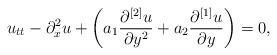
LaTeX: \begin{align*}u_{tt}-\partial _{x}^{2}u+\left( a_{1}\frac{\partial ^{\left[ 2\right] }u}{\partial y^{2}}+a_{2}\frac{\partial ^{\left[ 1\right] }u}{\partial y}\right)=0, \end{align*}